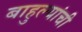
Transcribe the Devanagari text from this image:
बाहुल्यांची